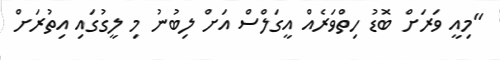
"މިއީ ވަރަށް ބޮޑު ހިތްވަރެއް އީގަލްސް އަށް ލިބުނު މި ލީގުގައި އިތުރަށް